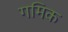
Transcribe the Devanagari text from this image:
गमिक